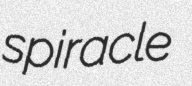
spiracle